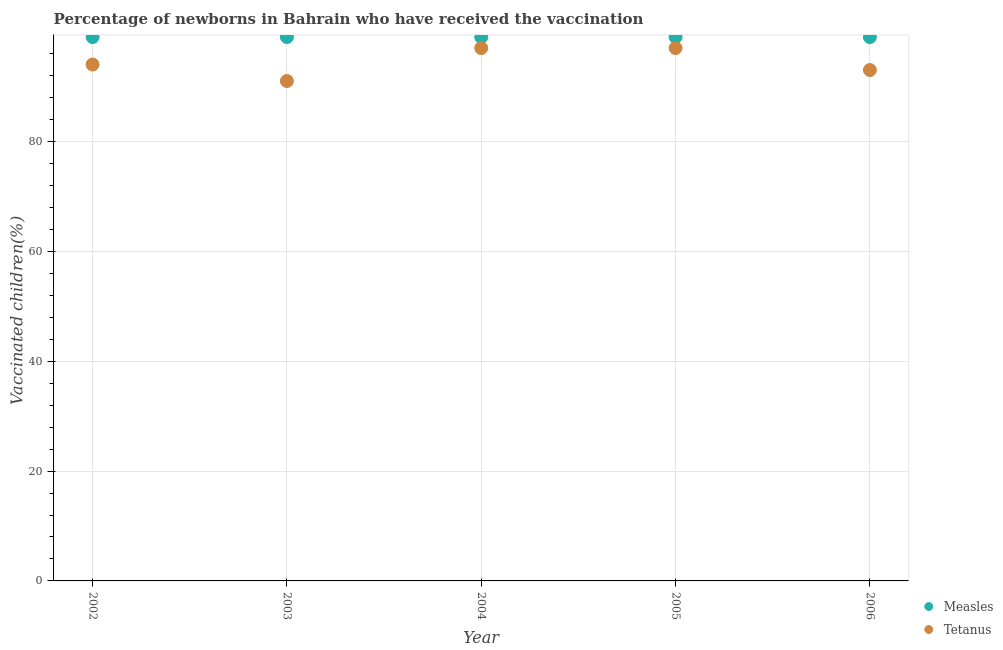
| Year | Measles | Tetanus |
 | --- | --- | --- |
 | 2002 | 99 | 94 |
 | 2003 | 99 | 91 |
 | 2004 | 99 | 97 |
 | 2005 | 99 | 97 |
 | 2006 | 99 | 93 |